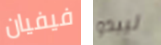
فيفيان ليبدو